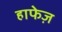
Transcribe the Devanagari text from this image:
हाफेज़